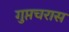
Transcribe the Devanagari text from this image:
गुप्तचरास